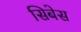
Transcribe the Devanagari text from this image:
सिबेस